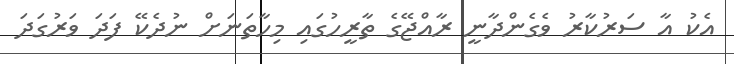
އެކު އާ ސަރުކާރު ވެގެންދާނީ ރާއްޖޭގެ ތާރީހުގައި މިހާތަނަށް ނުދެކޭ ފަދަ ވަރުގަދަ